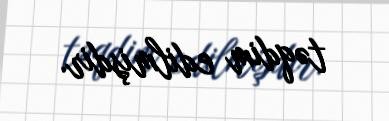
təqdim edilmişdir.